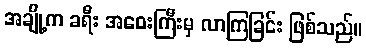
အချို့က ခရီး အဝေးကြီးမှ လာကြခြင်း ဖြစ်သည်။